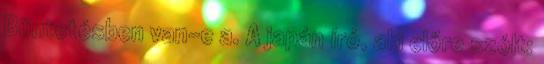
Büntetésben van-e a. A japán író, aki előre szólt: